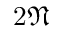
2 \mathfrak { N }